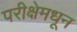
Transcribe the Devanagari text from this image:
परीक्षेमधून